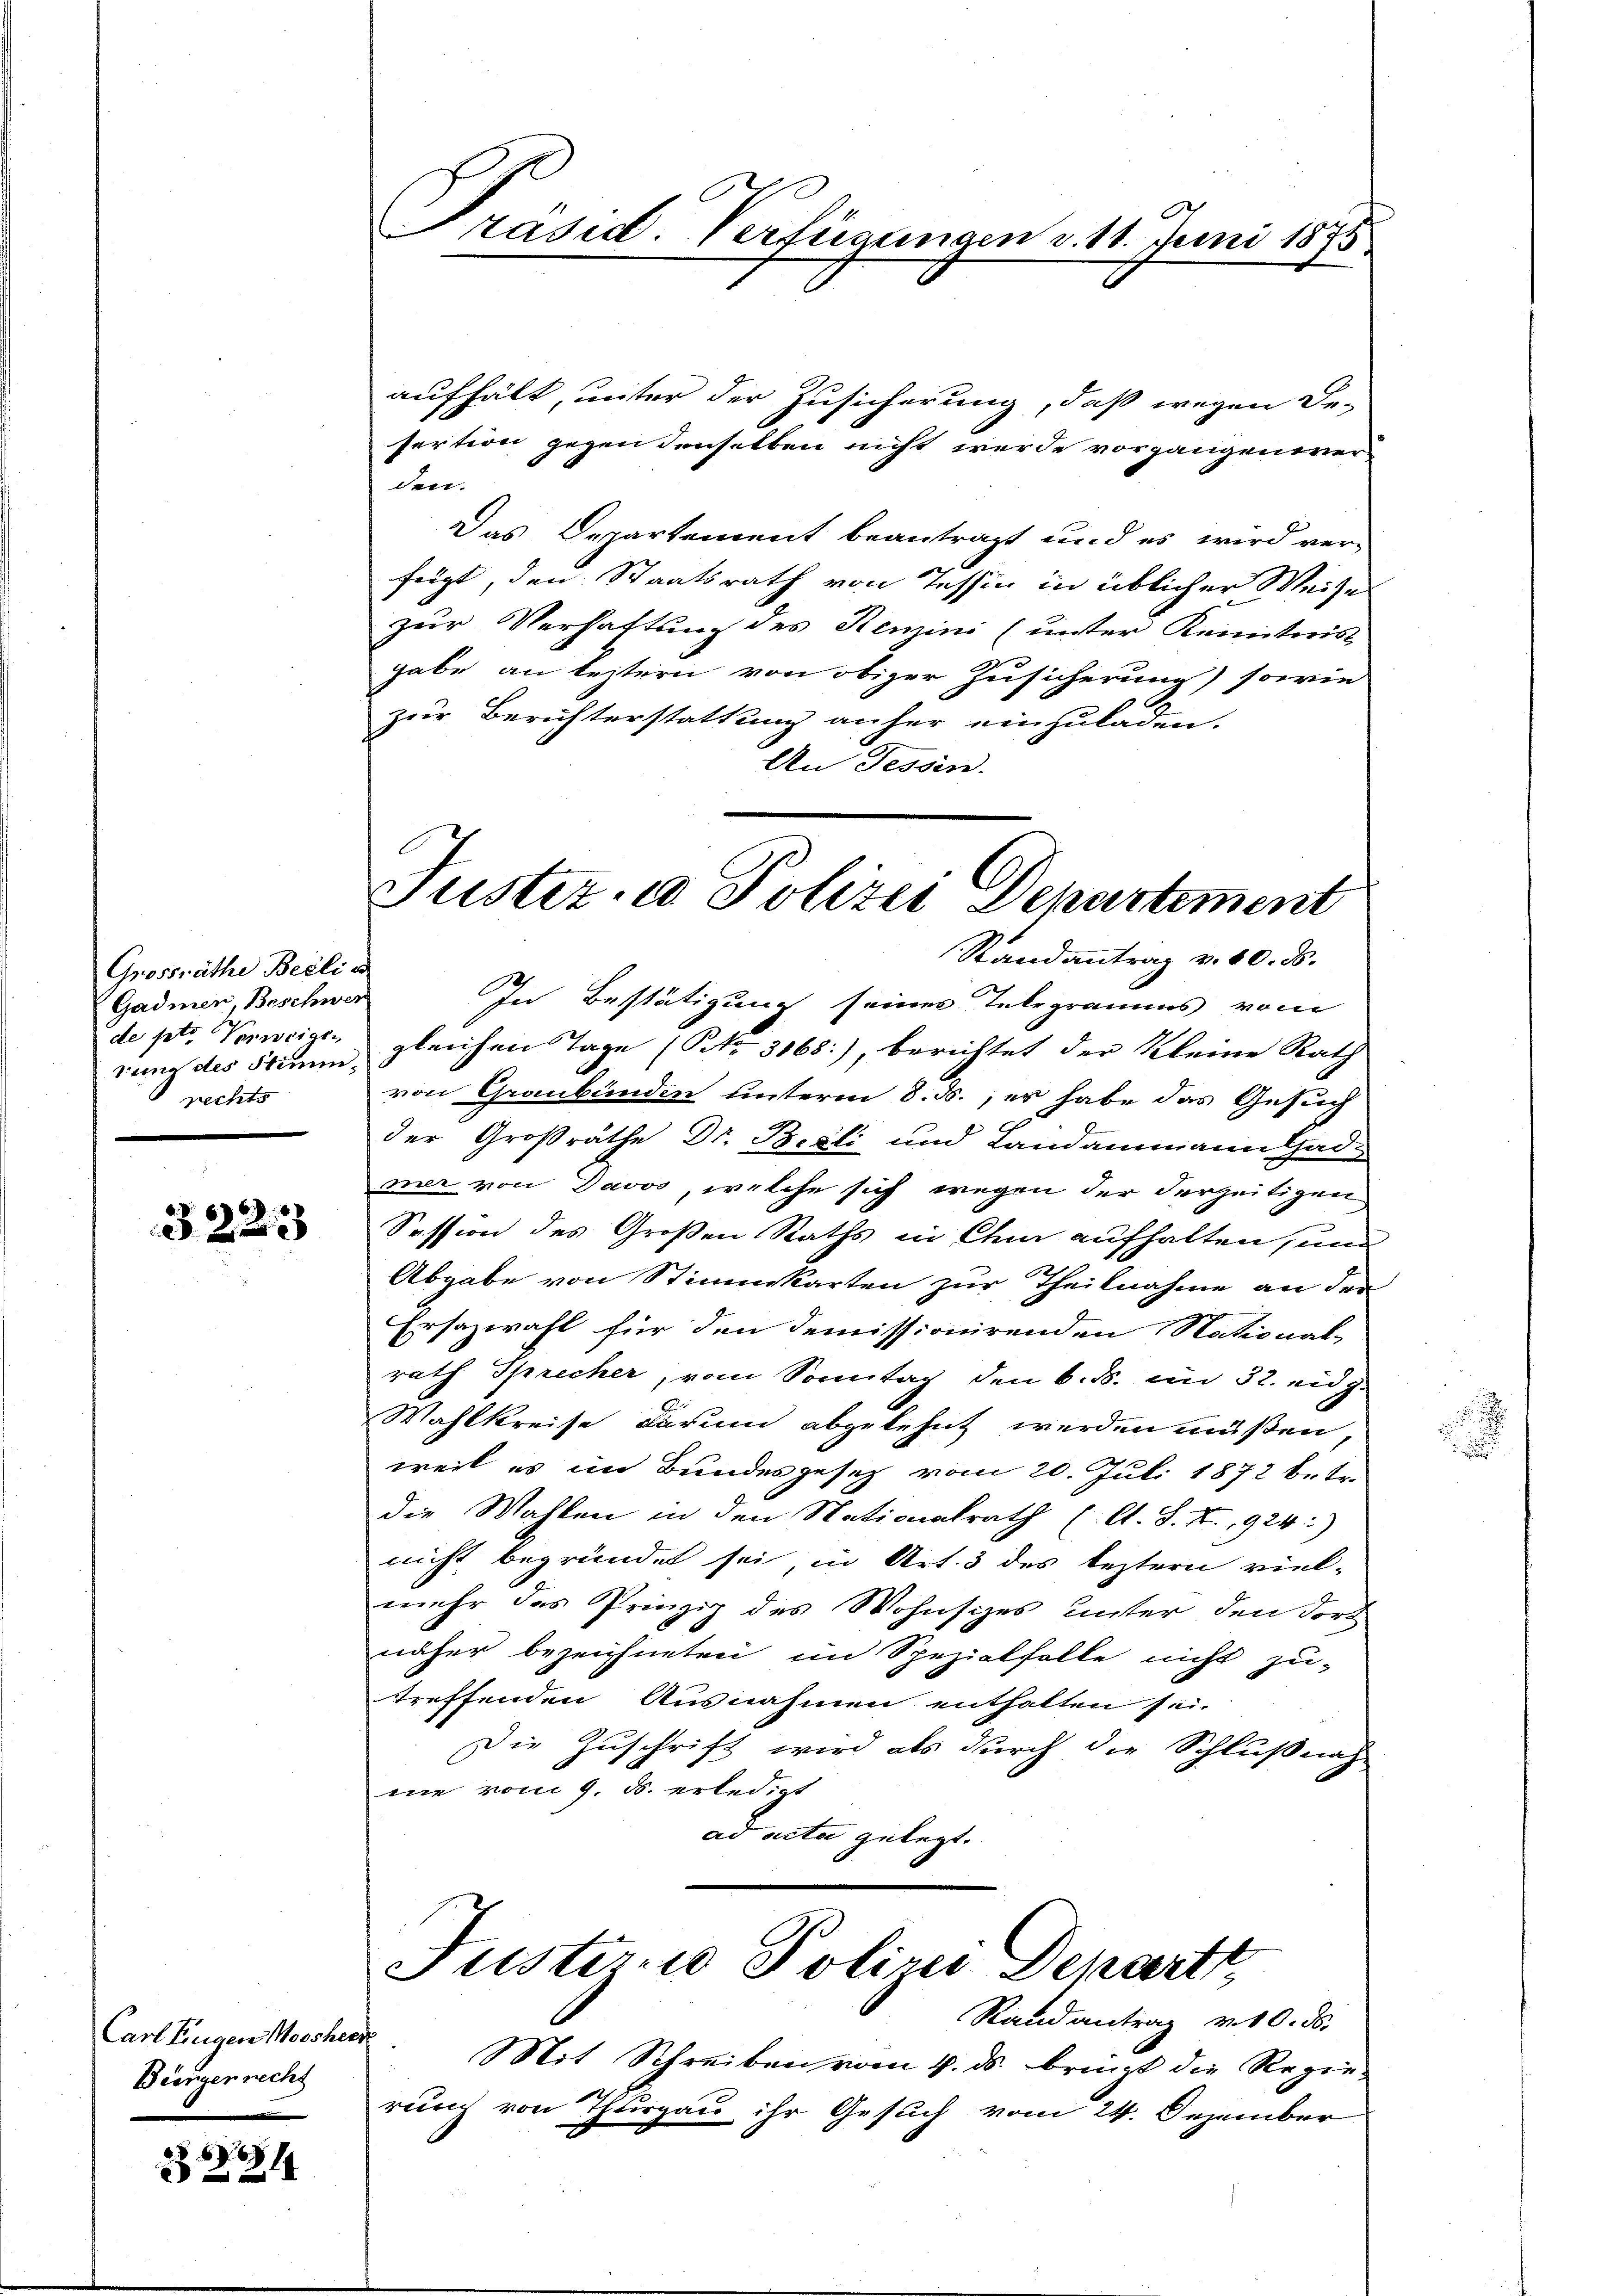
Grossräthe Berlie
Gadmer, Beschwer
de pto Verweigen
rung des Stimmrechts

3223

Carl Eingen Nossher
Beinger recht

1

aufhält, unter der Zusicherung, daß wegen De-
sertion gegen denselben nicht werde vorgangenener
den.
Das Departement beantragt und es wird ver-
feigt, den Staatsrath von Tessin in üblicher Weise
zur Verhaltung des Renzini (unter Kenntnis
gabe an leztern von obiger Zusicherung) sowie
zur Berichterstattung anher einzuladen.
An Tessin.

Präsid. Verfügungen d. 11. Juni 1873

Tuster. a. Polizei Departement
Randantrag v. 10. ds.

In Bestätigung seines Telegramms vom
gleichen Tage (Nr. 3168:), berichtet der Kleine Rath
von Graubünden unterm 8. ds., es habe das Gesuch
E
der Großräthe Dr. Bieli und Landammann Gad-
mer von Davos, welche sich wegen der Verzeitigen
Session des Großen Raths in Chur aufhalten und
Abgabe von Stimmkarten zur Theilnahme an der
Ersazwahl für den demissionirenden National-
rath Sprecher, vom Sonntag den 6. ds. im 32. eidg.
Wahlkreise darum abgelehnt werden müßen,
weil es im Bundesgesetz vom 20. Juli 1872 betr.
die Wahlen in den Stationalrath (lt. S. X., 924)
nicht begründet sei, in Art. 3 des leztern viel-
mehr das Prinzip des Wohnsizes unter den dort
näher bezeichneten im Spezialfalle nicht zu-
treffenden Ausnahmen enthalten sei.
Die Zuschrift wird als durch die Schlußnah
me vom 9. ds. erledigt
ad acta gelegt.

Rand antrag v. 10. ds.
Mit Schreiben vom 4. ds. bringt die Regierung von Thurgau ihr Gesuch vom 24. Dezember

l
Justirne Polizei Departi,